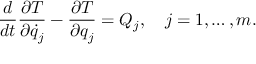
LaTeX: { \frac { d } { d t } } { \frac { \partial T } { \partial { \dot { q } } _ { j } } } - { \frac { \partial T } { \partial q _ { j } } } = Q _ { j } , \quad j = 1 , \ldots , m .